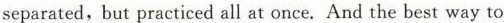
separated,but practiced all at once. And the best way to